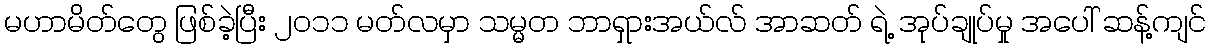
မဟာမိတ်တွေ ဖြစ်ခဲ့ပြီး ၂၀၁၁ မတ်လမှာ သမ္မတ ဘာရှားအယ်လ် အာဆတ် ရဲ့ အုပ်ချုပ်မှု အပေါ် ဆန့်ကျင်